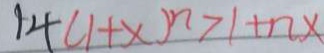
1 4 ( 1 + x ) ^ { n } > 1 + n x